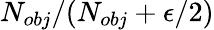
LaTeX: N_{obj}/(N_{obj}+\epsilon/2)